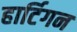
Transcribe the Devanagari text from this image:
हार्टिगन